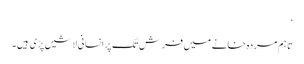
‘
تاہم مردہ خانے میں فرش تک پر انسانی لاشیں پڑی ہیں۔